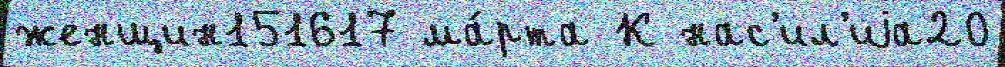
женщин151617 ма́рта К нас'ил'иjа20